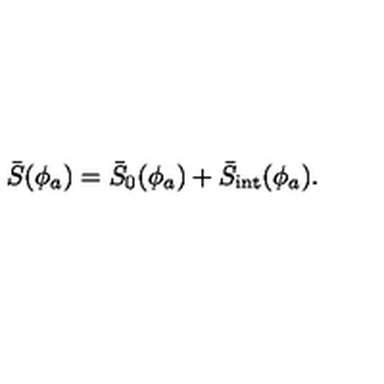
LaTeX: \bar { S } ( \phi _ { a } ) = \bar { S } _ { 0 } ( \phi _ { a } ) + \bar { S } _ { \mathrm { i n t } } ( \phi _ { a } ) .